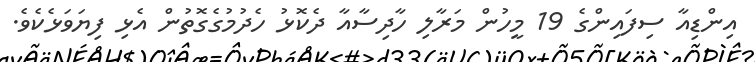
އިންޑިއާ ސިފައިންގެ 19 މީހުން މަރާލި ހާދިސާއާ ދެކޮޅު ހެދުމުގެގޮތުން އެޅި ފިޔަވަޅެކެވެ.